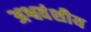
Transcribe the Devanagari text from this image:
अश्ववंशीय